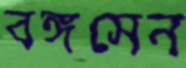
বঙ্গসেন